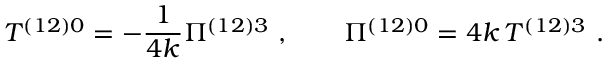
T ^ { \left( 1 2 \right) 0 } = - \frac { 1 } { 4 k } \Pi ^ { \left( 1 2 \right) 3 } \ , \qquad \Pi ^ { ( 1 2 ) 0 } = 4 k \, T ^ { ( 1 2 ) 3 } \ .